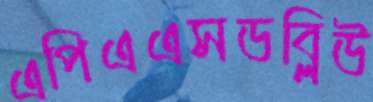
এপিএএসডব্লিউ